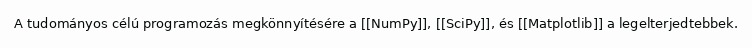
A tudományos célú programozás megkönnyítésére a [[NumPy]], [[SciPy]], és [[Matplotlib]] a legelterjedtebbek.